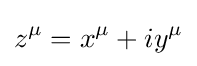
z^{\mu }=x^{\mu }+iy^{\mu }